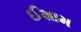
ઈશામ